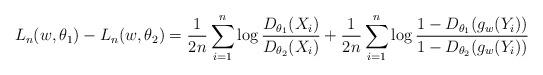
LaTeX: \begin{align*}L_n(w, \theta_1) - L_n(w, \theta_2)= \frac1{2n} \sum\limits_{i = 1}^n \log \frac{D_{\theta_1}(X_i)}{D_{\theta_2}(X_i)}+ \frac1{2n} \sum\limits_{i = 1}^n \log \frac{1 - D_{\theta_1}(g_w(Y_i))}{1 - D_{\theta_2}(g_w(Y_i))}\end{align*}